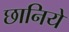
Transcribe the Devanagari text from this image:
छानिये